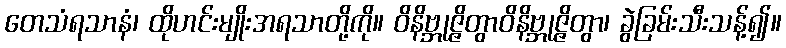
တေသံရသာနံ၊ ထိုဟင်းမျိုးအရသာတို့ကို။ ဝိနိဗ္ဘုဇ္ဇိတွာဝိနိဗ္ဘုဇ္ဇိတွာ၊ ခွဲခြမ်းသီးသန့်၍။